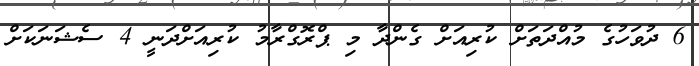
6 ދުވަހުގެ މުއްދަތަށް ކުރިއަށް ގެންދާ މި ޕްރޮގްރާމު ކުރިއަށްދަނީ 4 ސެޝަނަކަށް